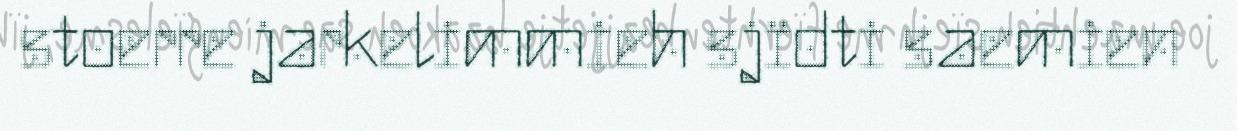
stoerre jarkelimmieh sjïdti saemien